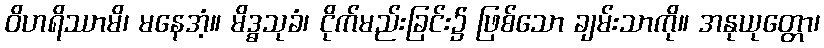
ဝိဟရိဿာမိ၊ မနေအံ့။ မိဒ္ဓသုခံ၊ ငိုက်မည်းခြင်း၌ ဖြစ်သော ချမ်းသာကို။ အနုယုတ္တော၊